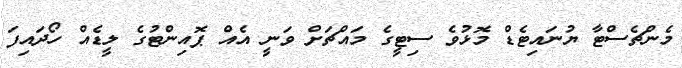
މެންޗެސްޓާ ޔުނައިޓެޑް މޮޅުވެ ސިޓީގެ މައްޗަށް ވަނީ އެއް ޕޮއިންޓުގެ ލީޑެއް ހޯދައިފަ